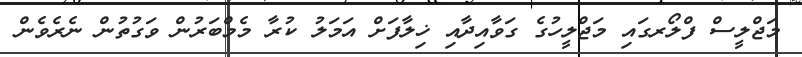
މަޖްލީސް ފްލޯރގައި މަޖްލީހުގެ ގަވާއިދާއި ޚިލާފަށް އަމަލު ކުރާ މެމްބަރުން ވަގުތުން ނެރެވެން